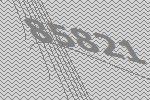
85821